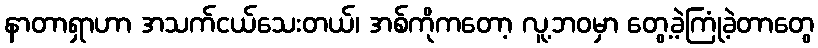
နာတာရှာဟာ အသက်ငယ်သေးတယ်၊ အစ်ကိုကတော့ လူ့ဘဝမှာ တွေ့ခဲ့ကြုံခဲ့တာတွေ